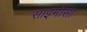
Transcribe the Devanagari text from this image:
साइमोसा